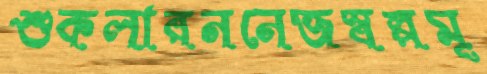
শুকলারননেজস্বল্পমূ